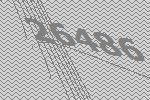
26486